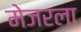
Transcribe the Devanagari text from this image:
मेजरला